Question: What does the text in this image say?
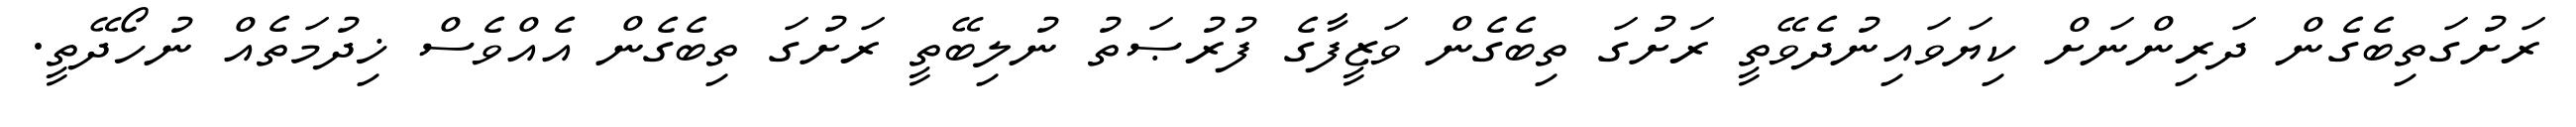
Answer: ރަށުގަތިބެގެން ދަރިންނަށް ކިޔަވައިނުދެވޭތީ ރަށުގަ ތިބެގެން ވަޒީފާގެ ފުރުޞަތު ނުލިބޭތީ ރަށުގަ ތިބެގެން އެއްވެސް ޚިދުމަތެއް ނުހޯދޭތީ.